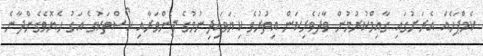
ކެމްޕަހެއް އެރަށުގައި ގާއިމްކުރުމުން ވާދަވެރިކަން އިތުރުވެ ކިޔަވައިދިނުމުގެ ފެންވަރާއި ކޯސްތަކުގެ އަގު ހެޔޮވެގެންދާނެ